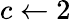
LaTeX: c\gets 2